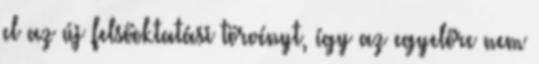
el az új felsőoktatási törvényt, így az egyelőre nem